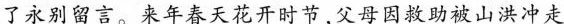
了永别留言。来年春天花开时节，父母因救助被山洪冲走